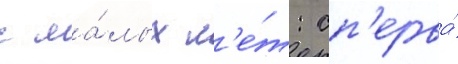
с ма́лых л'е́т: сп'ерва́